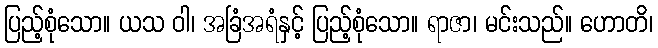
ပြည့်စုံသော။ ယသ ဝါ၊ အခြံအရံနှင့် ပြည့်စုံသော။ ရာဇာ၊ မင်းသည်။ ဟောတိ၊